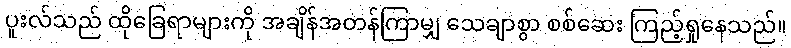
ပူးလ်သည် ထိုခြေရာများကို အချိန်အတန်ကြာမျှ သေချာစွာ စစ်ဆေး ကြည့်ရှုနေသည်။